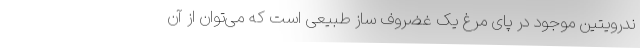
ندرویتین موجود در پای مرغ یک غضروف ساز طبیعی است که می‌توان از آن